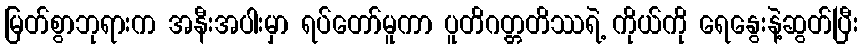
မြတ်စွာဘုရားက အနီးအပါးမှာ ရပ်တော်မူကာ ပူတိဂတ္တတိဿရဲ့ ကိုယ်ကို ရေနွေးနဲ့ဆွတ်ပြီး